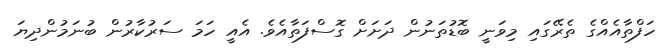
ހަފްތާއެއްގެ ތެރޭގައި މިވަނީ ބޮޑުތަނުން ދަށަށް ގޮސްފަތާއެވެ. އެއީ ހަމަ ސަރުކާރުން ބުނަމުންދިޔަ